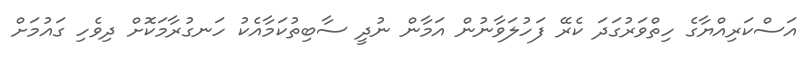
އަސްކަރިއްޔާގެ ހިތްވަރުގަދަ ކެރޭ ފަހުލަވާނުން އަމާން ނުދީ ސާބިތުކަމާއެކު ހަނގުރާމަކޮށް ދިވެހި ގައުމަށް